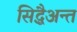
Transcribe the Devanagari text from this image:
सिद्धैअन्त